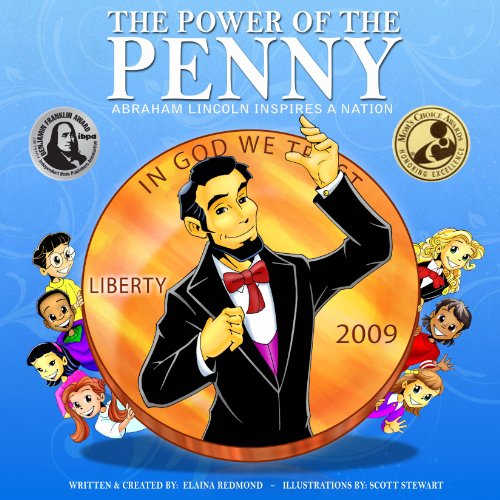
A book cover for The Power Of The Penny: ABRAHAM LINCOLN INSPIRES A NATION - (Kid's Guide to a Hero's Path: Lessons on civics, character, social action, money & American history); Elaina Redmond; Children's Books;